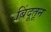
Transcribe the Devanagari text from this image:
बिंदूतून